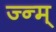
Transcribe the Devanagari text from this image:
ज्न्म्